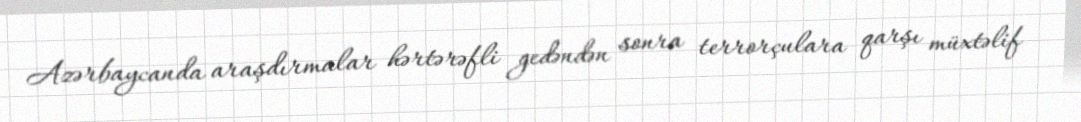
Azərbaycanda araşdırmalar hərtərəfli gedəndən sonra terrorçulara qarşı müxtəlif